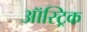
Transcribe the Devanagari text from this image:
ऑस्ट्रिक